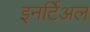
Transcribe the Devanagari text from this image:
इनर्टिअल